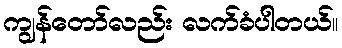
ကျွန်တော်လည်း လက်ခံပါတယ်။